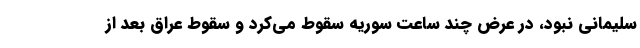
سلیمانی نبود، در عرض چند ساعت سوریه سقوط می‌کرد و سقوط عراق بعد از